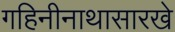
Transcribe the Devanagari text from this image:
गहिनीनाथासारखे